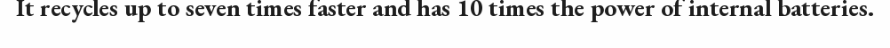
It recycles up to seven times faster and has 10 times the power of internal batteries.